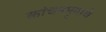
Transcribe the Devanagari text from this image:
कांचनमृगाचे